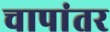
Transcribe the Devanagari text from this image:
चापांतर